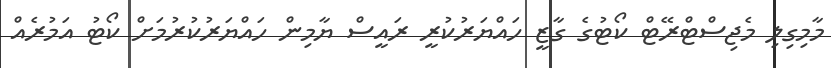
މާމިގިލި މެޖިސްޓްރޭޓް ކޯޓުގެ ގާޒީ ހައްޔަރުކުރީ ރައީސް ޔާމިން ހައްޔަރުކުރުމަށް ކޯޓު އަމުރެއް